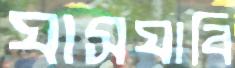
ঘাসঘাবি